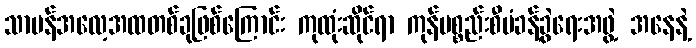
သာမန်အလေ့အထတစ်ခုဖြစ်ကြောင်း ကုထုံးဆိုင်ရာ ကုန်ပစ္စည်းစီမံခန့်ခွဲရေးအဖွဲ့ အနေနဲ့